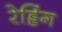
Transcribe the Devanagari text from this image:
रेड्डिंग